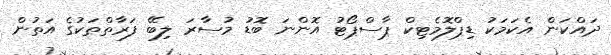
ދައްކަން އެކަމަކު ޑިޕްލޮމެޓިކް ޕާސްޕޯޓު އޮންނަ ބޮޑު މުސާރަ ލިބޭ ފަރާތްތަކުގެ އަތުން